Cholera in southern India
Disease focus: Cholera
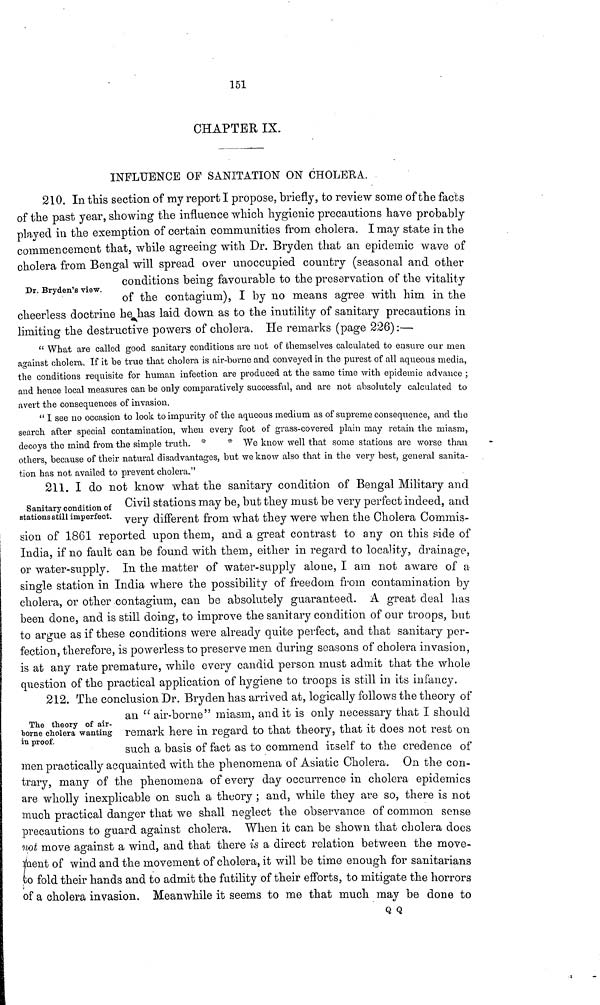
151
CHAPTER IX.
INFLUENCE OF SANITATION ON CHOLERA.
Dr. Bryden's view.
210. In this section of my report I propose, briefly, to review some of the facts
of the past year, showing the influence which hygienic precautions have probably
played in the exemption of certain communities from cholera. I may state in the
commencement that, while agreeing with Dr. Bryden that an epidemic wave of
cholera from Bengal will spread over unoccupied country (seasonal and other
conditions being favourable to the preservation of the vitality
of the contagium), I by no means agree with him in the
cheerless doctrine he has laid down as to the inutility of sanitary precautions in
limiting the destructive powers of cholera. He remarks (page 226) :—
" What are called good sanitary conditions are not of themselves calculated to ensure our men
against cholera. If it be true that cholera is air-borne and conveyed in the purest of all aqueous media,
the conditions requisite for human infection are produced at the same time with epidemic advance ;
and hence local measures can be only comparatively successful, and are not absolutely calculated to
avert the consequences of invasion.
" I see no occasion to look to impurity of the aqueous medium as of supreme consequence, and the
search after special contamination, when every foot of grass-covered plain may retain the miasm,
decoys the mind from the simple truth. *
* We know well that some stations are worse than
others, because of their natural disadvantages, but we know also that in the very best, general sanita-
tion has not availed to prevent cholera."
Sanitary condition of
stations still imperfect.
211. I do not know what the sanitary condition of Bengal Military and
Civil stations may be, but they must be very perfect indeed, and
very different from what they were when the Cholera Commis-
sion of 1861 reported upon them, and a great contrast to any on this side of
India, if no fault can be found with them, either in regard to locality, drainage,
or water-supply. In the matter of water-supply alone, I am not aware of a
single station in India where the possibility of freedom from contamination by
cholera, or other contagium, can be absolutely guaranteed. A great deal has
been done, and is still doing, to improve the sanitary condition of our troops, but
to argue as if these conditions were already quite perfect, and that sanitary per-
fection, therefore, is powerless to preserve men during seasons of cholera invasion,
is at any rate premature, while every candid person must admit that the whole
question of the practical application of hygiene to troops is still in its infancy.
The theory of air-
borne cholera wanting
in proof.
212. The conclusion Dr. Bryden has arrived at, logically follows the theory of
an " air-borne" miasm, and it is only necessary that I should
remark here in regard to that theory, that it does not rest on
such a basis of fact as to commend itself to the credence of
men practically acquainted with the phenomena of Asiatic Cholera. On the con-
trary, many of the phenomena of every day occurrence in cholera epidemics
are wholly inexplicable on such a theory ; and, while they are so, there is not
much practical danger that we shall neglect the observance of common sense
precautions to guard against cholera. When it can be shown that cholera does
not move against a wind, and that there is a direct relation between the move-
ment of wind and the movement of cholera, it will be time enough for sanitarians
fco fold their hands and to admit the futility of their efforts, to mitigate the horrors
of a cholera invasion. Meanwhile it seems to me that much may be done to
Q Q